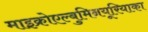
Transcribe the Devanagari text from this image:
माइक्रोएल्बुमिनयूरियाका